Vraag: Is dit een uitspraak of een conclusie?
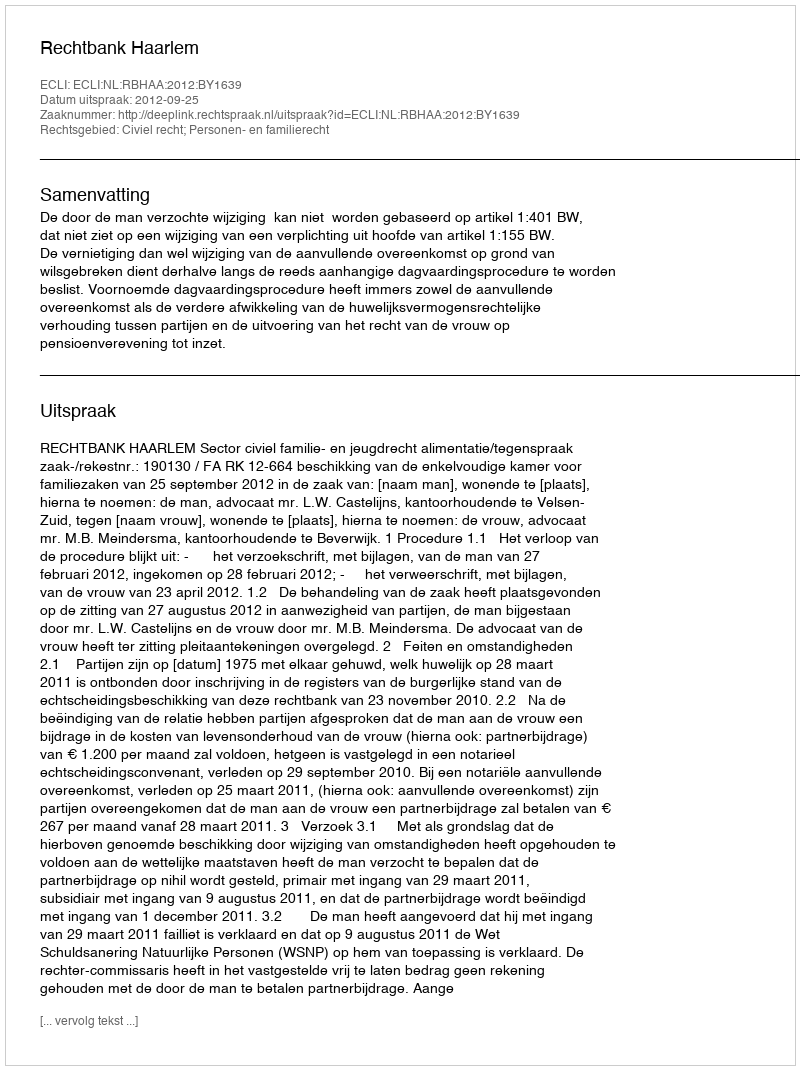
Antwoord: Uitspraak